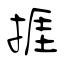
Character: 捱